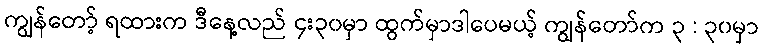
ကျွန်တော့် ရထားက ဒီနေ့လည် ၄း၃၀မှာ ထွက်မှာဒါပေမယ့် ကျွန်တော်က ၃ : ၃၀မှာ